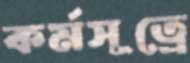
কর্মসূত্রে